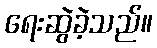
ရေးဆွဲခဲ့သည်။